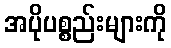
အပိုပစ္စည်းများကို